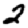
Digit: 2